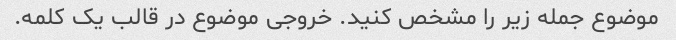
موضوع جمله زیر را مشخص کنید. خروجی موضوع در قالب یک کلمه.